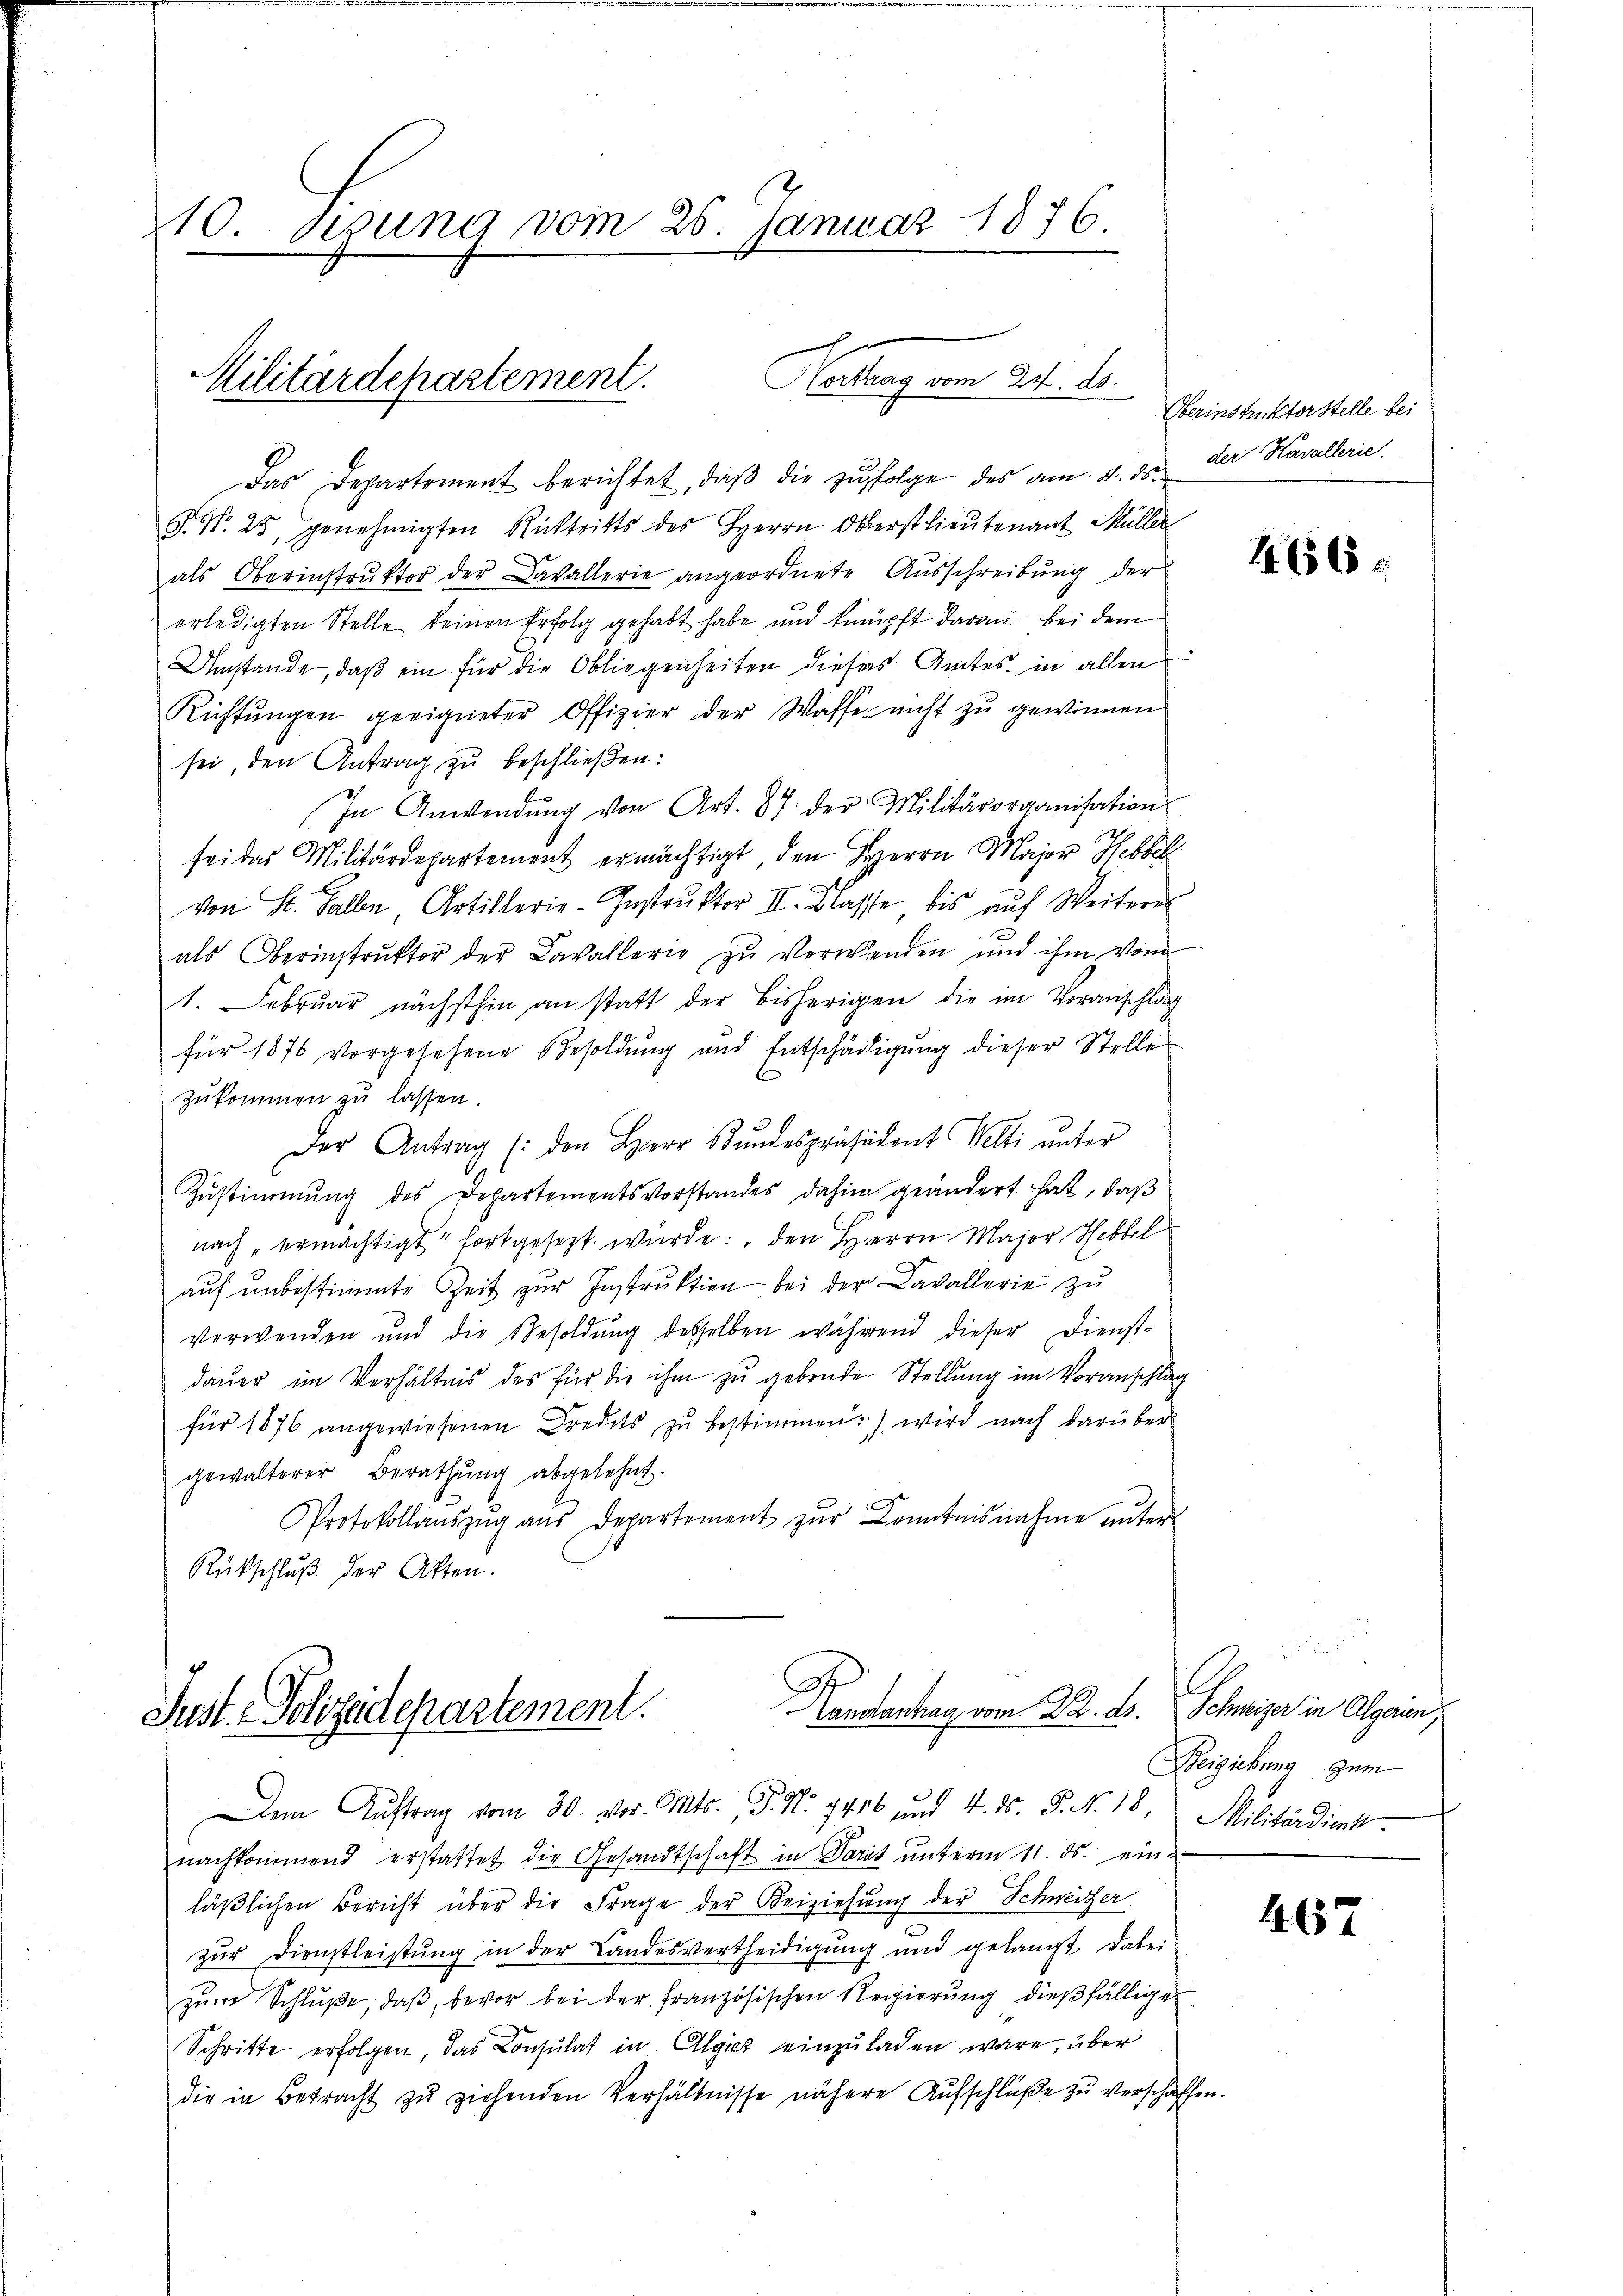
210. gesung vom 26. Januar 1876.

Notlag vom 24. d.
Militärdepartement.

Das Departement berichtet, daβ die zŭfolge des am 4. ds. der Kavallerie
F. N. 25, genehmigten Rücktritts des Herrn Oberstlieutenant Müller
als Oberinstrŭktor der Cavallerie angeordnete Aŭsschreibŭng der
erledigten Stelle keinen Erfolg gehabt habe und knüpft daran bei dem
Umstände, daß ein für die Obliegenheiten dieses Amtes, in allen
Richtungen geeigneter Offizier der Waffe nicht zu gewinnen
sei, den Antrag zu beschließen:
In Anwendŭng von Art. 87 der Militärorganisation
sei das Militärdepartement ermächtigt, den Herrn Major Hebbel
von H. Fallen, Artillerie-Instrŭktor II. Klasse bis aŭf Weiteres
als Oberinstrŭktor der Cavallerie zŭ verwenden und ihm vom
1. Februar nächsthin an statt der bisherigen die im Voranschlag
für 1876 vorgesehene Besoldŭng und Entschädigŭng dieser Stelle
zŭkommen zu lassen.
Der Antrag (den Herr Bŭndespräsident Welti ŭnter
Zŭstimmung des Departementsvorstandes dahin geändert hat, daβ
nach „ermächtigt fortgesezt wurde: den Herrn Major Hebbel
aŭf ŭnbestimmte Zeit zŭr Instrŭktion bei der Cavallerie zŭ
verwenden und die Besoldung desselben während dieser Dienst-
daŭer im Verhältnis des für die ihm zu gebende Stellung im Voranschlag
für 1876 angewiesenen Predits zŭ bestimmen) wird nach darüber
gewalterer Berathung abgelehnt.
Protokollaŭszŭg aŭs departement zŭr Benntnisnahme unter
Rückschluß der Akten.

Handentrag vom 20. ds.
Just. - Polizeidepartement.

Oberinstruktorstelle bei

Dem Auftrag vom 30. vor. Mts. P. Nr. 7416 und 4. ds. P. Nr. 18. Militärdienst
nachkommend erstattet die Gesandtschaft in Paris unterm 11. ds. ein-
läβlichen Bericht über die Frage der Beiziehung der Schweizer
zŭr Dienstleistŭng in der Landesvertheidigung und gelangt dabei
zŭm Schluße, daß, bevor bei der französischen Regierung dießfällige
Schritte erfolgen, das Consulat in Algie einzŭladen wäre, über
die in Betracht zŭ ziehenden Verhältnisse nähere Aŭfschlüβe zŭ verschaffen.

466.

.
Schweizer in Algerun
Beiziehung zum

467